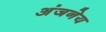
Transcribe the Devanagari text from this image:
अंजनेय